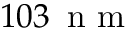
1 0 3 \, \mathrm { ~ n ~ m ~ }